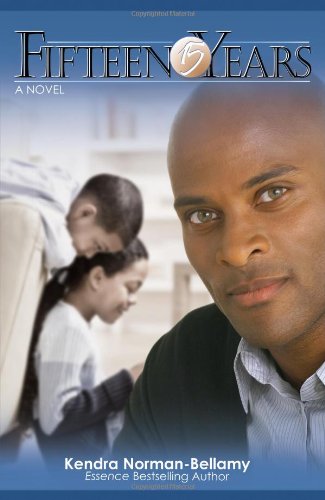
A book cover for Fifteen Years; Kendra Norman-Bellamy; Literature & Fiction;